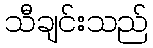
သီချင်းသည်